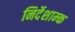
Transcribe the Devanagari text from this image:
निर्देशाम्क